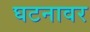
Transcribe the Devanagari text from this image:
घटनावर